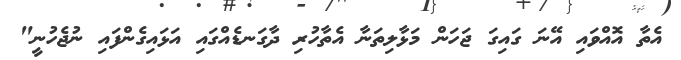
އެތާ އޮއްވައި އޭނަ ގައިގަ ޖަހަން މަޅާލިތަނާ އެތާހުރި ދާގަނޑެއްގައި އަޅައިގެންފައި ނުޖެހުނީ"